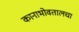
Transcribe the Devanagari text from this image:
कानाभोवतालचा